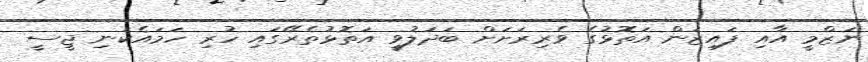
ނަޒްމީ އާއި ފައިޒަން އަތޮޅުގެ ވެރިރަށަށް ބަދަލުވީ އަތޮޅުތެރޭގައި ހުރި ހަމައެކަނި ޖީސީ